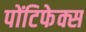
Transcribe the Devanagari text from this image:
पोंटिफेक्स